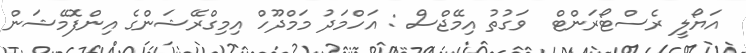
އަޔޯލީ ރެސްޓޯރަންޓް  ވަގުތު އިމޭޖްސް : އަހްމަދު މަމްދޫހް އިމިގްރޭޝަންގެ އިންފޮމޭޝަން